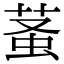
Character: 𧊬